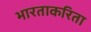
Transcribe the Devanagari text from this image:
भारताकरिता